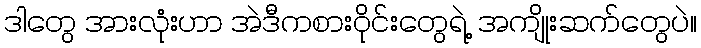
ဒါတွေ အားလုံးဟာ အဲဒီကစားဝိုင်းတွေရဲ့ အကျိုးဆက်တွေပဲ။